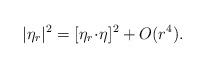
\begin{align*} |\eta_r|^2 = [\eta_r \!\cdot\! \eta ]^2 + O(r^4).\end{align*}